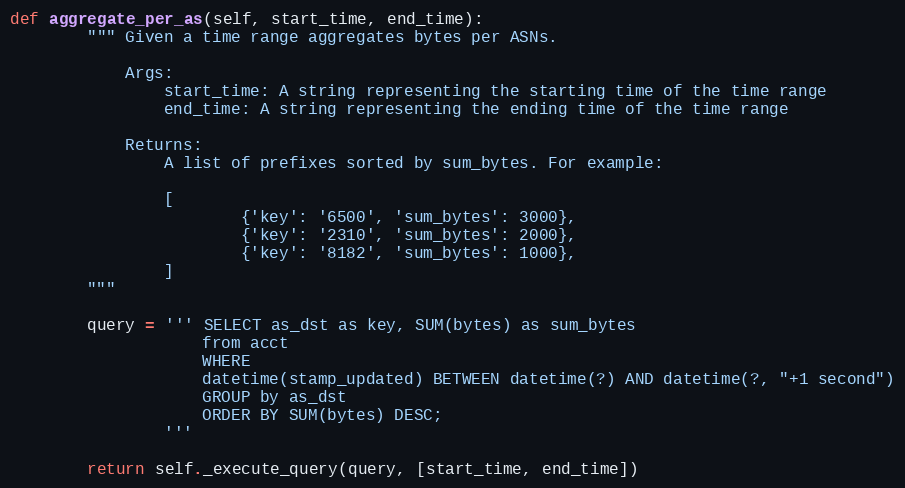
Language: Python
def aggregate_per_as(self, start_time, end_time):
        """ Given a time range aggregates bytes per ASNs.

            Args:
                start_time: A string representing the starting time of the time range
                end_time: A string representing the ending time of the time range

            Returns:
                A list of prefixes sorted by sum_bytes. For example:

                [
                        {'key': '6500', 'sum_bytes': 3000},
                        {'key': '2310', 'sum_bytes': 2000},
                        {'key': '8182', 'sum_bytes': 1000},
                ]
        """

        query = ''' SELECT as_dst as key, SUM(bytes) as sum_bytes
                    from acct
                    WHERE
                    datetime(stamp_updated) BETWEEN datetime(?) AND datetime(?, "+1 second")
                    GROUP by as_dst
                    ORDER BY SUM(bytes) DESC;
                '''

        return self._execute_query(query, [start_time, end_time])